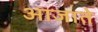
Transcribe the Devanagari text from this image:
आजाते